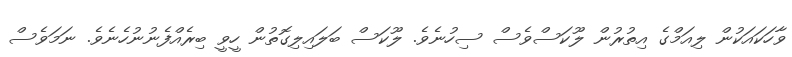
ވާހަކައަކުން ލިއަމްގެ އިތުރުން ލޫކަސްވެސް ސިހުނެވެ. ލޫކަސް ބަލައިލިގޮތުން ހީވީ ބިރެއްފެނުނުހެނެވެ. ނަމަވެސް